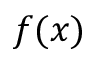
f ( x )